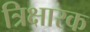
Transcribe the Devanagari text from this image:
त्रिक्षारक